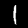
Digit: 1